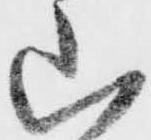
山